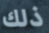
ذلك